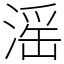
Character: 滛